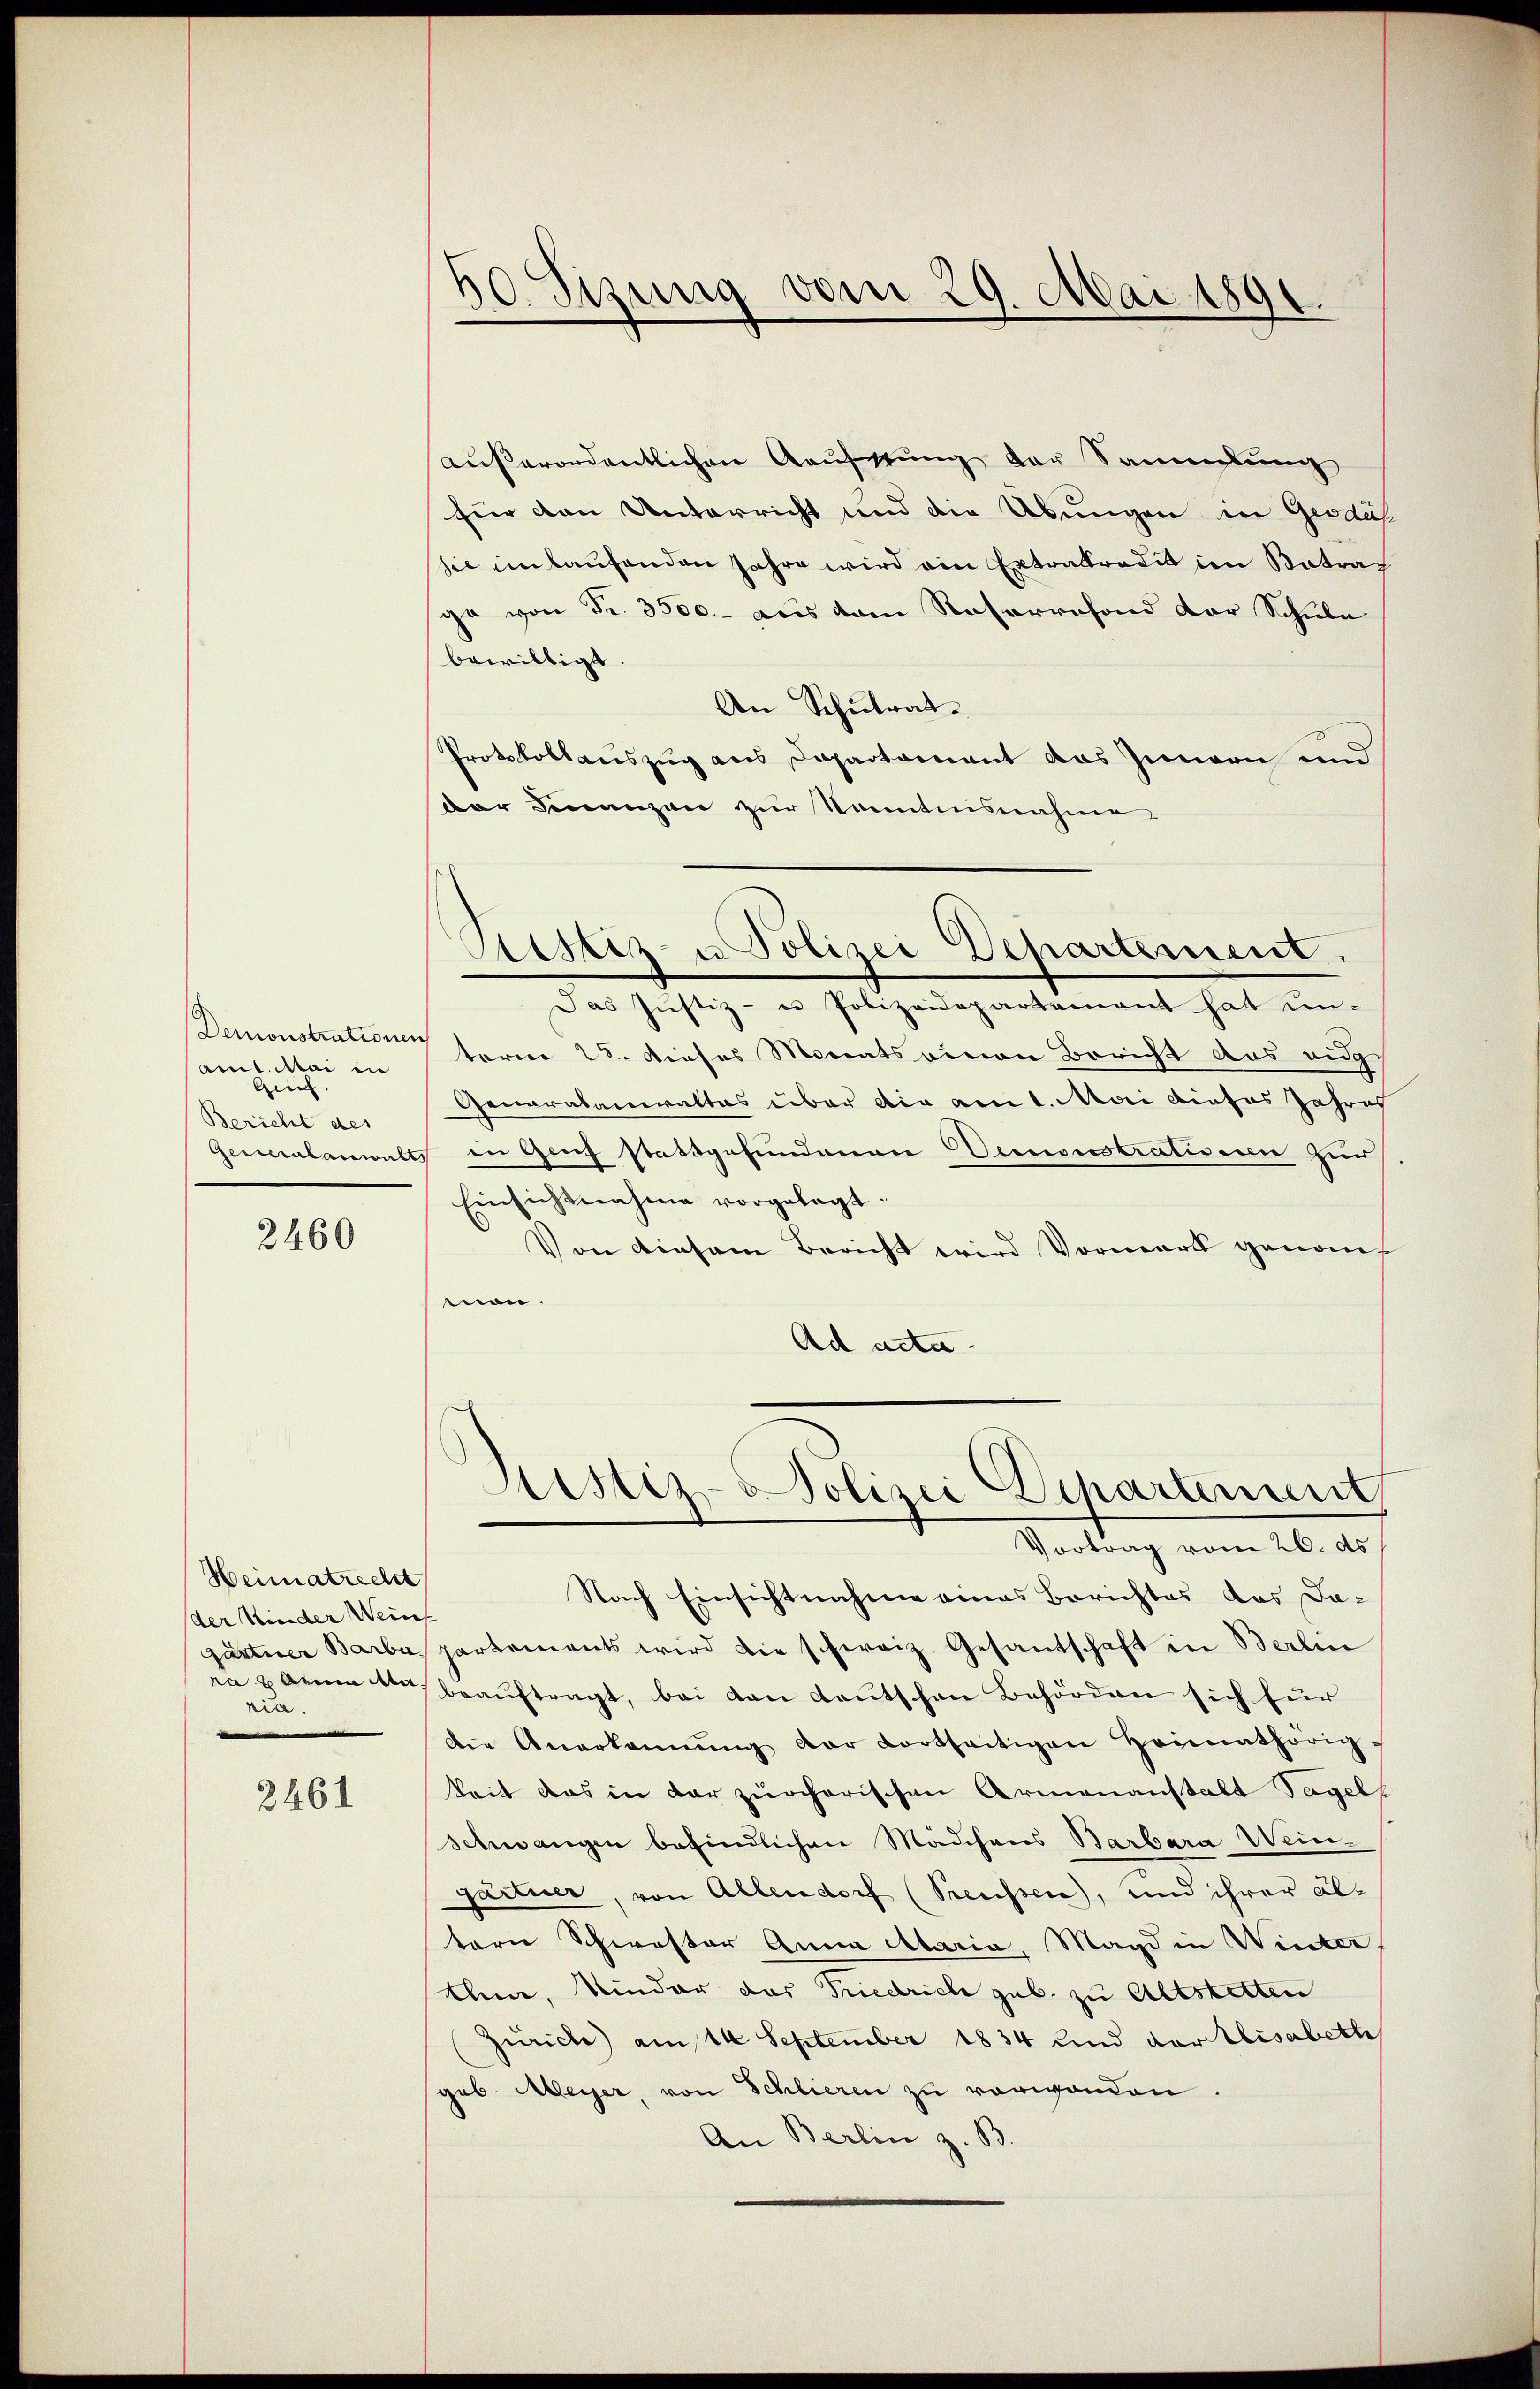
Demonstrationen
amt. Mai in
Gen
Bericht des
Geralanwalt

2460

Heimatrecht
der Kinder Weins
gärtner Barba
ra 5 Arena der
ria.

2461

60. Sizung vom 29. Mai 1891.

Sistiz- u Polizei Departement.

außerordentlichen Kaufstung der Sammlung
für den Unterricht und die Übungen in Geodus
sie einlaufenden Jahre wird ein Extraktradit im Betrag
ga von Fr. 3500.- aus dem Ratarrefond der Schule
bewilligt.
An Schulrat.
Protokollauszug aus Departement das Innern und
der Finanzen zur Sonntensnahme
Das Justiz- u Polizeidepartamant hat un-
term 25. dieses Monats einen Bericht das eidg
Generalameraltas über die am 1. Mai dieses Jahres
 in Genf stattgefundenen Demonstratisie zur
Einsichtnahme vorgelegt.
Von diesem Bericht wird Vormerk genom
mon.
Ad acta
Justiz-Polizei Deparament
Vortrag vom 26. ds
Nach Einsichtnahme eines Berichtes das Da-
partements wird die schweiz. Gesandschaft in Berlin
beauftragt, bei den deutschen Behörden sich für
die Anerkannŭng der dortseitigen Heimathörig
keit das in der zürcherischen Armenanstalt Tagels
Schwangen befindlichen Mädchens Barbara Wein-
gärtner, von Allendorf (Preussen), und ihrer alterne Schwester Anna Maria, Magd in Winter
Ihn, Kinder das Friedrich geb. zu Altstetten
Zürich) am 14. September 1834 und der Elisabeth
geb. Meyer, von Schlieren zu vorwanden.
An Berlin z. B